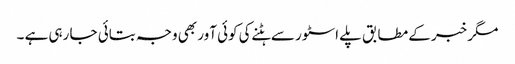
مگر خبر کے مطابق پلے اسٹور سے ہٹنے کی کوئی آور بھی وجہ بتائی جا رہی ہے ۔